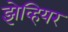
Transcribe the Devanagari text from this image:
झेव्हियर